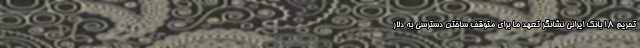
تحریم ۱۸ بانک ایرانی نشانگر تعهد ما برای متوقف ساختن دسترسی به دلار